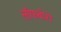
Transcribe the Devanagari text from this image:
लॉफबोरो